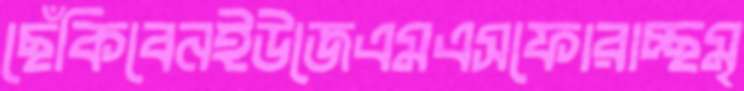
ছেঁকিবেনইউজেএমএসফোরাচ্ছমৃ